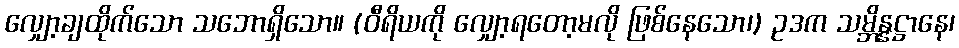
လျှော့ချထိုက်သော သဘောရှိသော။ (ဝီရိယကို လျှော့ရတော့မလို ဖြစ်နေသော၊) ဥဒက သမ္ဘိန္နဋ္ဌာနေ၊